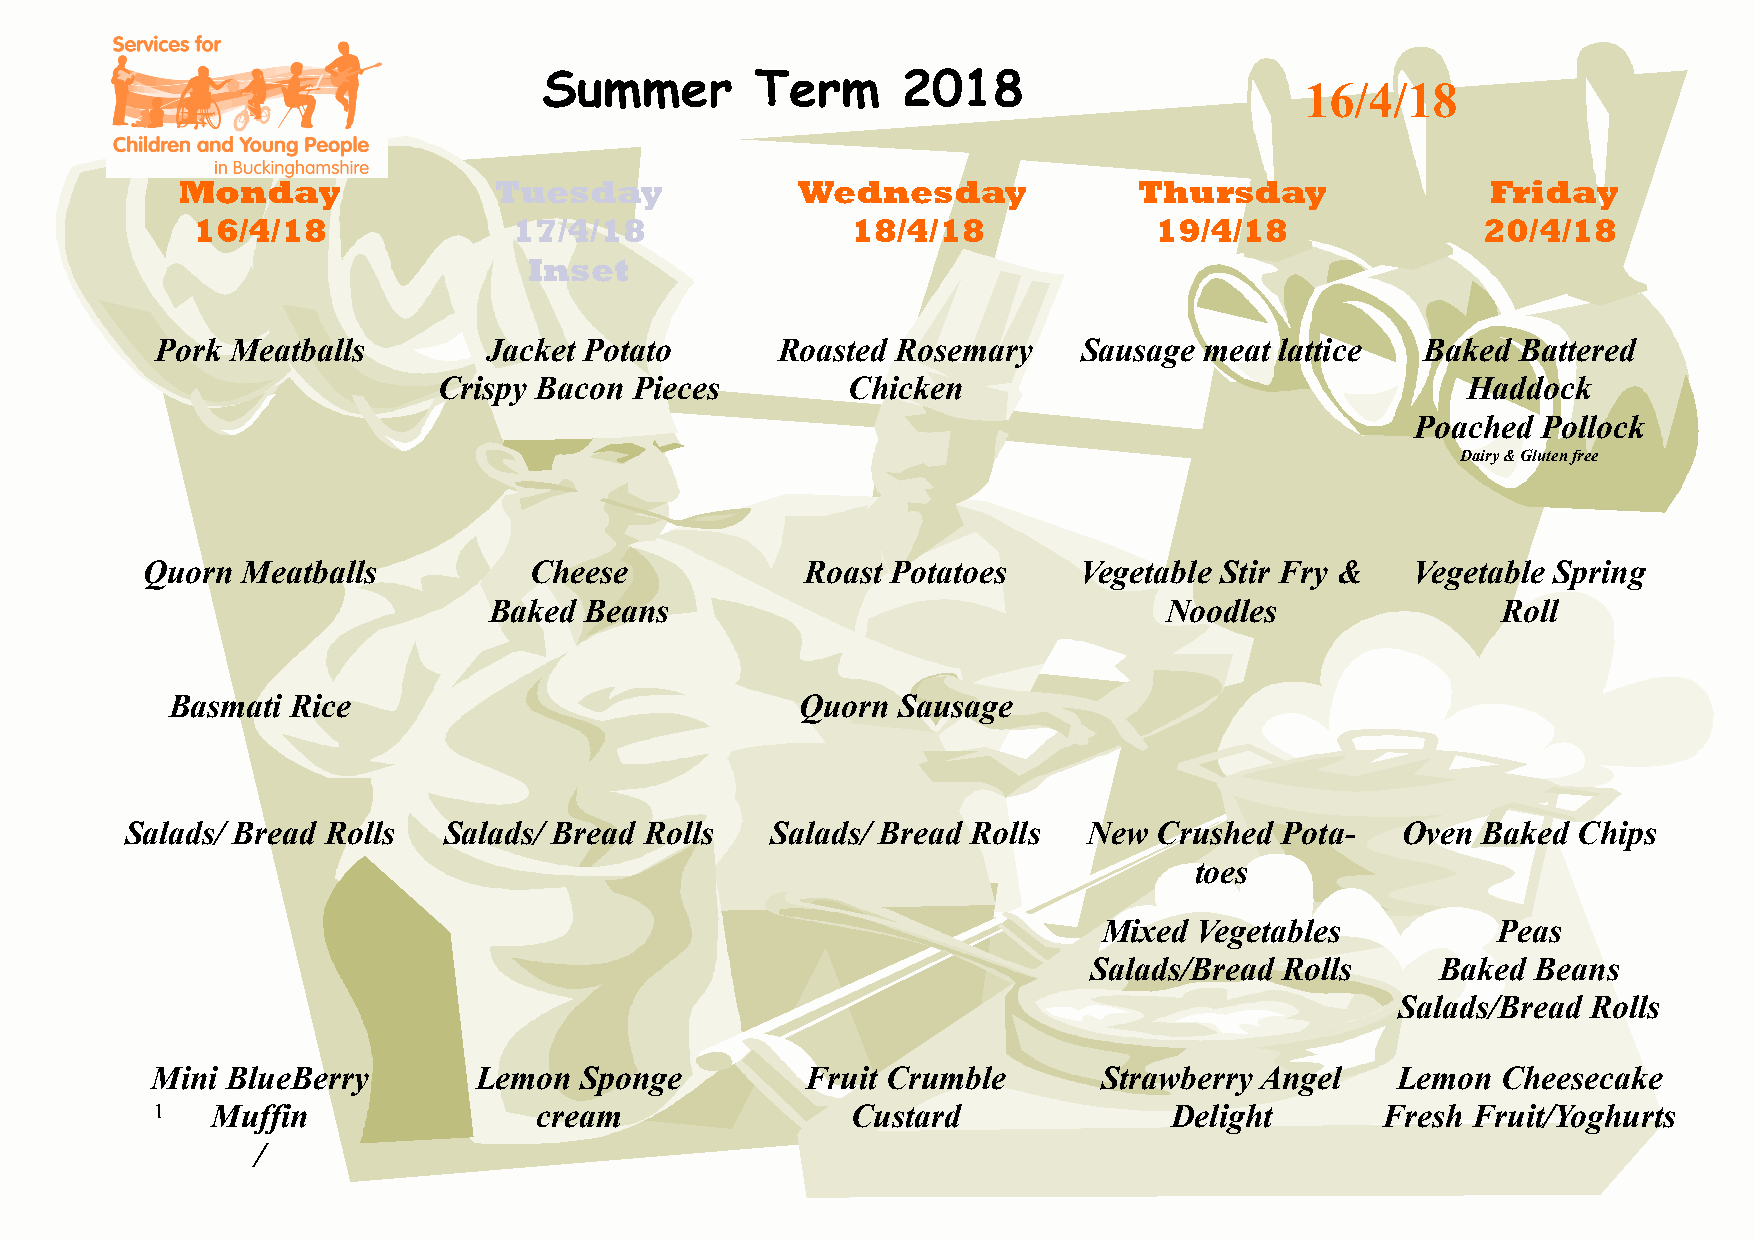
Summer        Term      2018
 16/4/18
 Monday               Tuesday             Wednesday             Thursday                Friday
 16/4/18              17/4/18               18/4/18             19/4/18               20/4/18
 Inset
 Pork Meatballs        Jacket Potato      Roasted Rosemary    Sausage  meat lattice  Baked Battered
 Crispy Bacon Pieces        Chicken                                  Haddock
 Poached Pollock
 Dairy & Gluten free
 Quorn  Meatballs          Cheese            Roast Potatoes    Vegetable Stir Fry &   Vegetable Spring
 Baked  Beans                                 Noodles               Roll
 Basmati Rice                              Quorn Sausage
 Salads/ Bread Rolls  Salads/ Bread Rolls   Salads/ Bread Rolls  New  Crushed Pota-   Oven Baked Chips
 toes
 Mixed Vegetables          Peas
 Salads/Bread Rolls     Baked  Beans
 Salads/Bread Rolls
 Mini BlueBerry       Lemon  Sponge         Fruit Crumble       Strawberry Angel   Lemon  Cheesecake
 1   Muffin               cream                Custard              Delight       Fresh Fruit/Yoghurts
 /